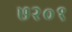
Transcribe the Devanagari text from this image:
७२०१